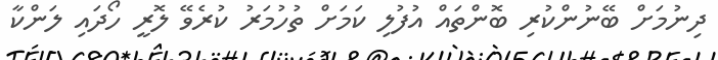
ދިނުމަށް ބޭނުންކުރި ބޮންތައް އުފުލި ކަމަށް ތުހުމަރު ކުރެވޭ ލޮރީ ހޯދައި ލަންކާ